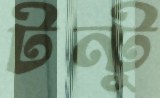
টন্টু